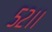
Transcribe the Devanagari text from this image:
५२।।